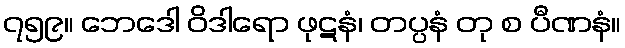
၇၅၉။ ဘေဒေါ ဝိဒါရော ဖုဋနံ၊ တပ္ပနံ တု စ ပီဏနံ။